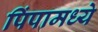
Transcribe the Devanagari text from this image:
पिंपामध्ये